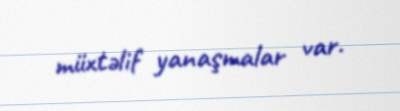
müxtəlif yanaşmalar var.